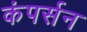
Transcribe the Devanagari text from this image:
कंपर्सन